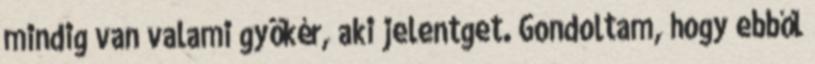
mindig van valami gyökér, aki jelentget. Gondoltam, hogy ebből